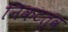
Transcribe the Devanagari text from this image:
निकटत्व